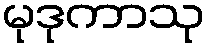
မုဒုကာသု